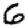
Digit: 6